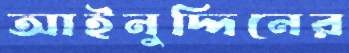
আইনুদ্দিনের